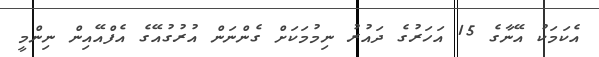
އެކަމަކު އޭނާގެ 15 އަހަރުގެ ދައުރު ނިމުމަކަށް ގެންނަން އުރުގުއޭގެ އެފްއޭއިން ނިންމީ